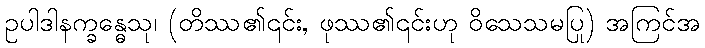
ဥပါဒါနက္ခန္ဓေသု၊ (တိဿ၏၎င်း, ဖုဿ၏၎င်းဟု ဝိသေသမပြု) အကြင်အ